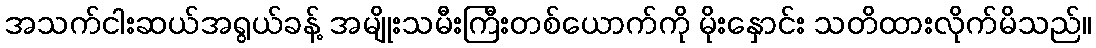
အသက်ငါးဆယ်အရွယ်ခန့် အမျိုးသမီးကြီးတစ်ယောက်ကို မိုးနှောင်း သတိထားလိုက်မိသည်။